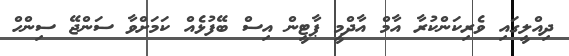
ދިއްލީގައި ވެރިކަންކުރާ އާމް އާދްމީ ޕާޓީން އިސް ބޭފުޅެއް ކަމަށްވާ ސަންޖޭ ސިންހް